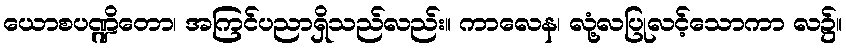
ယောစပဏ္ဍိတော၊ အကြင်ပညာရှိသည်လည်း။ ကာလေန၊ လုံ့လပြုလင့်သောကာ လ၌။